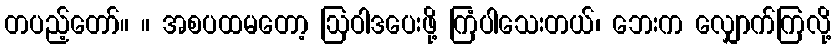
တပည့်တော်။ ။ အစပထမတော့ ဩဝါဒပေးဖို့ ကြံပါသေးတယ်၊ ဘေးက လျှောက်ကြလို့